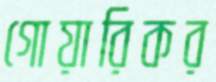
গোয়ারিকর